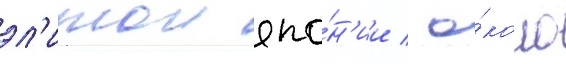
эл'итои япо́н'ии / о́коло